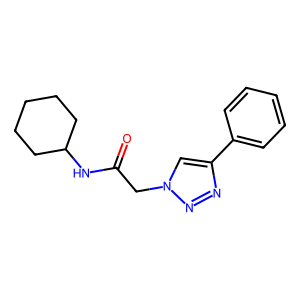
SMILES: O=C(Cn1cc(-c2ccccc2)nn1)NC1CCCCC1
Inhibits HIV replication: No